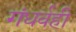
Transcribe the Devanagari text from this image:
गंधर्वही